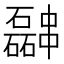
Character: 𫡎